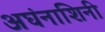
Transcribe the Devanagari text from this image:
अघंनाशिनी